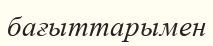
бағыттарымен